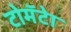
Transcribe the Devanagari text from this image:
टोमॅटेा